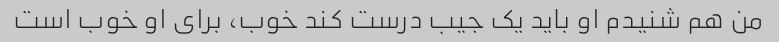
من هم شنیدم او باید یک جیب درست کند خوب، برای او خوب است